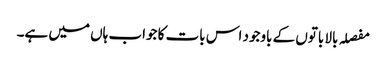
مفصلہ بالا باتوں کے باوجود اس بات کا جواب ہاں میں ہے۔